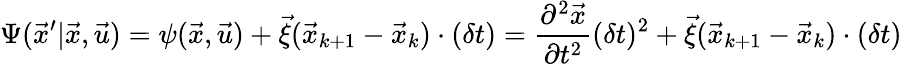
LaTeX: \Psi(\vec{x}^{\prime}|\vec{x},\vec{u})=\psi(\vec{x},\vec{u})+\vec{\xi}(\vec{x}_{k+1}-\vec{x}_{k})\cdot(\delta t)=\frac{\partial^{2}\vec{x}}{\partial t^{2}}(\delta t)^{2}+\vec{\xi}(\vec{x}_{k+1}-\vec{x}_{k})\cdot(\delta t)